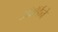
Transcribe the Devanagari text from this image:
अॅवॉर्डने